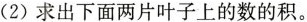
(2)求出下面两片叶子上的数的积。